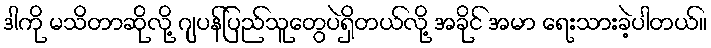
ဒါကို မသိတာဆိုလို့ ဂျပန်ပြည်သူတွေပဲရှိတယ်လို့ အခိုင် အမာ ရေးသားခဲ့ပါတယ်။